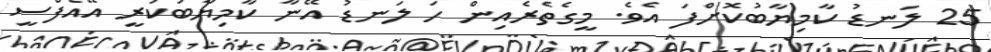
25 ލަނޑު ކާމިޔާބުކޮށްފަ އެވެ. މީގެތެރެއިން ހަ ލަނޑު އޭނާ ކާމިޔާބުކުރީ އޭއެފްސީ